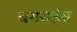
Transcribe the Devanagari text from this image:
बगराईस